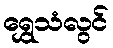
ရွှေသံလွင်